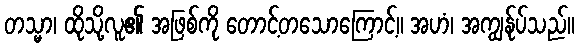
တသ္မာ၊ ထိုသို့လူ၏ အဖြစ်ကို တောင့်တသောကြောင့်။ အဟံ၊ အကျွန်ုပ်သည်။